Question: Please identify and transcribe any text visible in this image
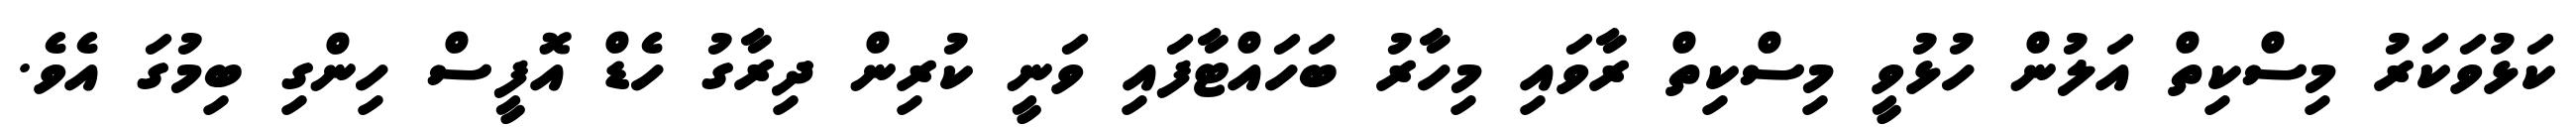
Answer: ކަޅުވަކަރު މިސްކިތް އަލުން ހުޅުވީ މިސްކިތް ރާވައި މިހާރު ބަހައްޓާފައި ވަނީ ކުރިން ދިރާގު ހެޑް އޮފީސް ހިންގި ބިމުގަ އެވެ.